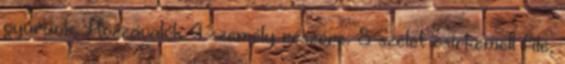
gyúrunk. Hozzávalók 4 személy részére: 8 szelet csirkemell filé,